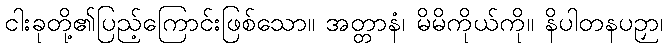
ငါးခုတို့၏ပြည့်ကြောင်းဖြစ်သော။ အတ္တာနံ၊ မိမိကိုယ်ကို။ နိပါတနပဉှာ၊